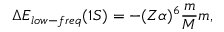
\Delta E _ { l o w - f r e q } ( 1 S ) = - { ( Z \alpha ) ^ { 6 } } \frac { m } { M } m ,